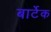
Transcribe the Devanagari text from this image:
बार्टेक